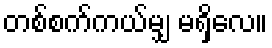
တစ်စက်ကယ်မျှ မရှိလေ။